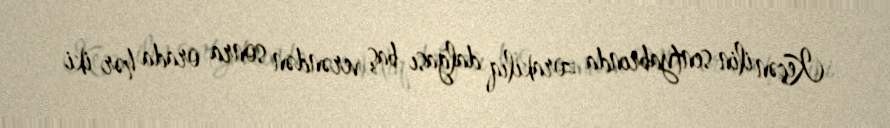
Keçən ilin sentyabrında zorakılıq dalğası baş verəndən sonra orada hər iki